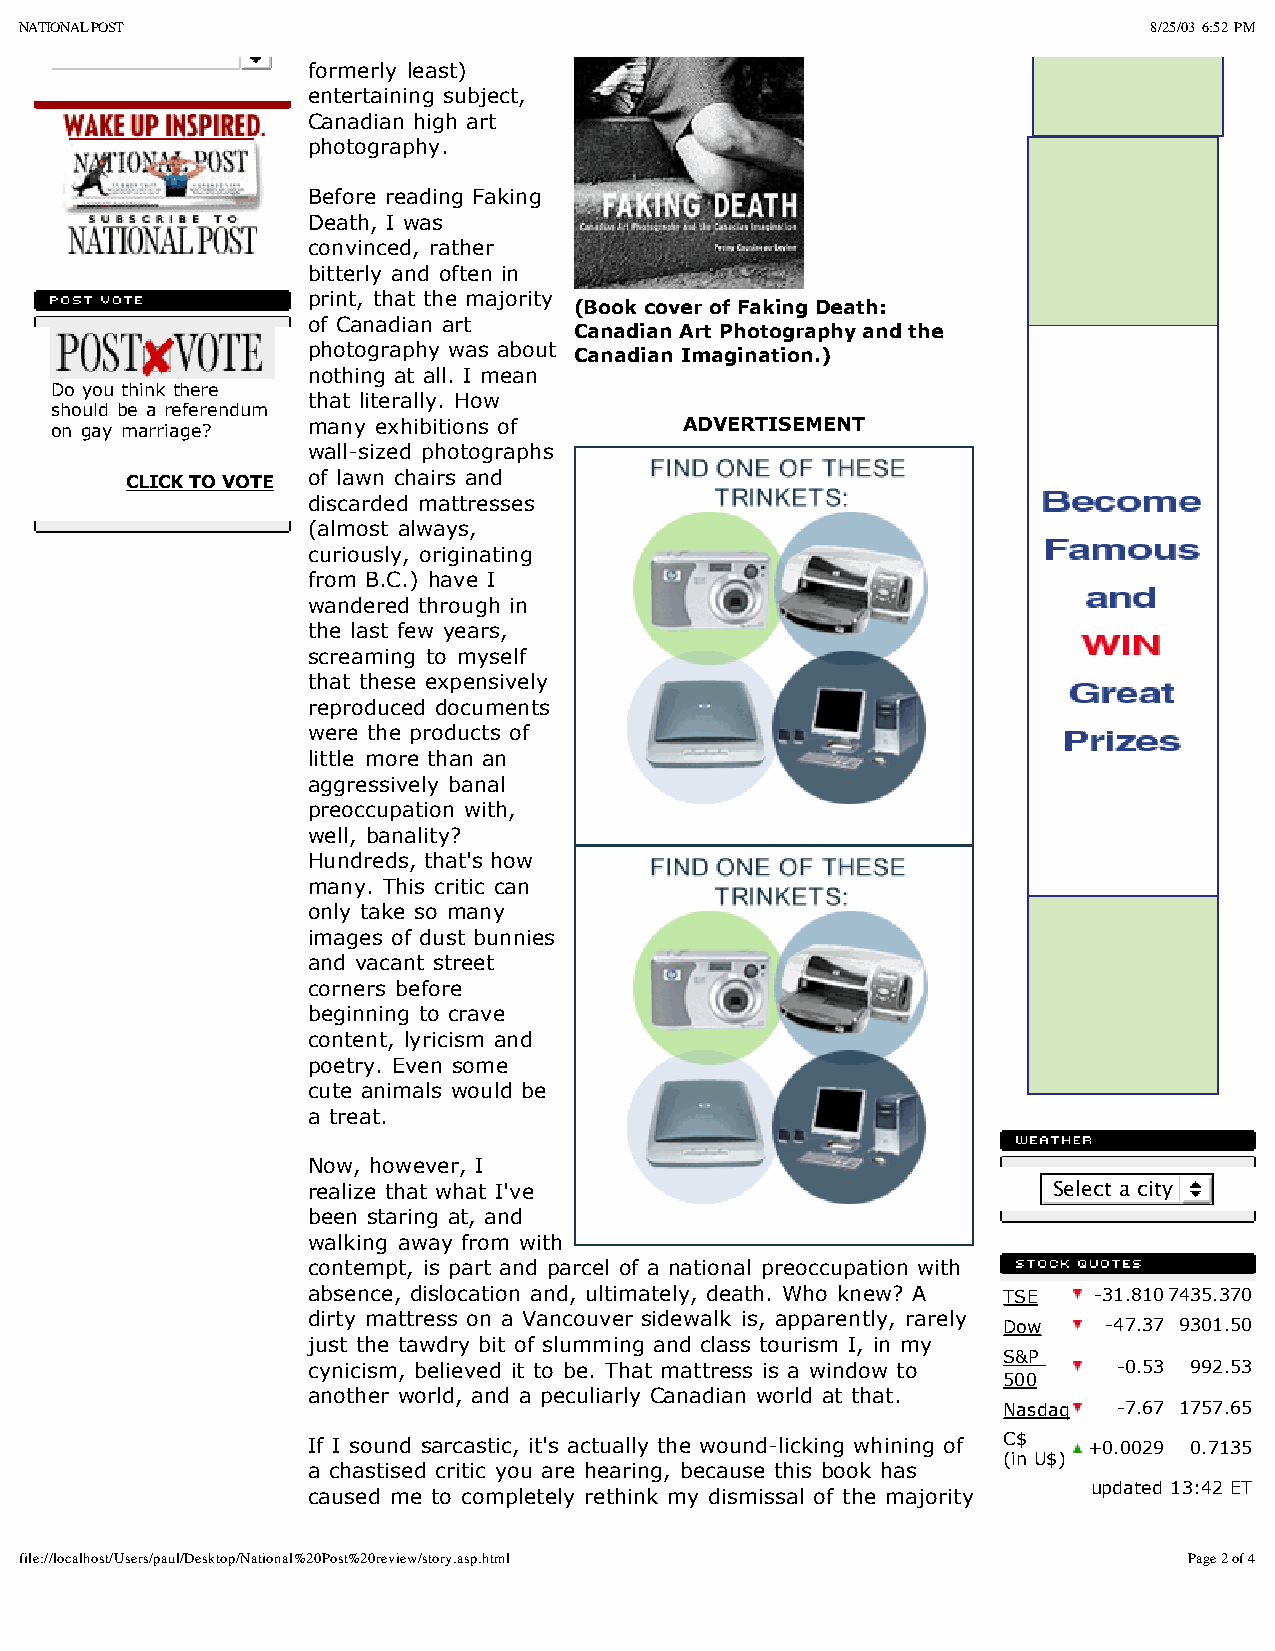
NATIONAL POST                                                              8/25/03 6:52 PM
 formerly least)
 entertaining subject,
 Canadian high art
 photography.
 Before reading Faking
 Death, I was
 convinced, rather
 bitterly and often in
 print, that the majority
 (Book cover of Faking Death:
 of Canadian art
 Canadian Art Photography and the
 photography was about Canadian Imagination.)
 nothing at all. I mean
 Do you think there
 that literally. How
 should be a referendum
 on gay marriage? many exhibitions of      ADVERTISEMENT
 wall-sized photographs
 CLICK TO VOTE of lawn chairs and
 discarded mattresses
 (almost always,
 curiously, originating
 from B.C.) have I
 wandered through in
 the last few years,
 screaming to myself
 that these expensively
 reproduced documents
 were the products of
 little more than an
 aggressively banal
 preoccupation with,
 well, banality?
 Hundreds, that's how
 many. This critic can
 only take so many
 images of dust bunnies
 and vacant street
 corners before
 beginning to crave
 content, lyricism and
 poetry. Even some
 cute animals would be
 a treat.
 Now, however, I
 realize that what I've                            Select a city
 been staring at, and
 walking away from with
 contempt, is part and parcel of a national preoccupation with
 absence, dislocation and, ultimately, death. Who knew? A TSE -31.8107435.370
 dirty mattress on a Vancouver sidewalk is, apparently, rarely
 Dow    -47.37 9301.50
 just the tawdry bit of slumming and class tourism I, in my
 S&P
 cynicism, believed it to be. That mattress is a window to -0.53 992.53
 500
 another world, and a peculiarly Canadian world at that.
 Nasdaq  -7.67 1757.65
 If I sound sarcastic, it's actually the wound-licking whining of C$ +0.0029 0.7135
 (in U$)
 a chastised critic you are hearing, because this book has
 updated 13:42 ET
 caused me to completely rethink my dismissal of the majority
 file://localhost/Users/paul/Desktop/National%20Post%20review/story.asp.html   Page 2 of 4